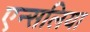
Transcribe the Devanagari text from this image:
एन्सलिया